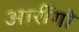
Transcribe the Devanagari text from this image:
आर्रीगो